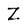
Character: Z